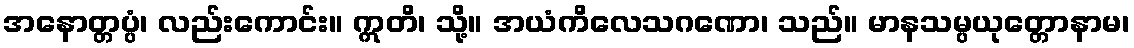
အနောတ္တပ္ပံ၊ လည်းကောင်း။ ဣတိ၊ သို့။ အယံကိလေသဂဏော၊ သည်။ မာနသမ္ပယုတ္တောနာမ၊